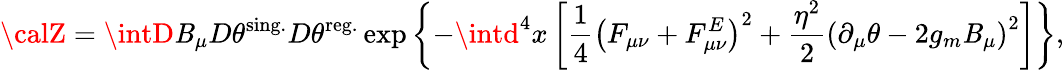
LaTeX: {\calZ}=\intD\mathit{B}_{\mu}D\theta^{\mathrm{{sing.}}}D\theta^{\mathrm{{reg.}}}\exp\left\{ -\intd^{4}x\left[\frac{1}{4}\left(F_{\mu\nu}+F_{\mu\nu}^{E}\right)^{2}+\frac{{\eta^{2}}}{{2}}\left(\partial_{\mu}\theta-2g_{m}\mathit{B}_{\mu}\right)^{2}\right]\right\} ,